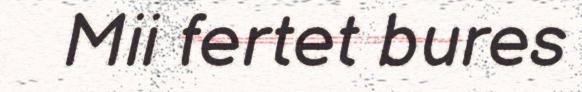
Mii fertet bures